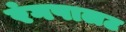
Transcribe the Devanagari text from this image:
रंगपालट